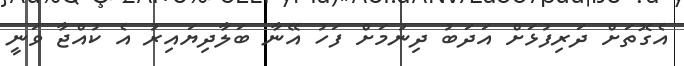
އެގޮތަށް ދަރިފުޅަށް އަދަބު ދިނުމަށް ފަހު އޭނާ ބަލާދިޔައިރު އެ ކުއްޖާ ވަނީ